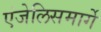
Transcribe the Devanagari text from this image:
एंजेलिसमार्गे